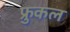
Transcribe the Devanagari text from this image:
फ्रुकल